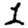
Digit: 1